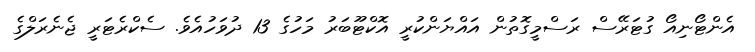
އެންޓޯނިއޯ ގުޓަރޭސް ރަސްމީގޮތުން އައްޔަންކުރީ އޮކްޓޫބަރު މަހުގެ 13 ދުވަހުއެވެ. ސެކްރެޓަރީ ޖެނެރަލްގެ